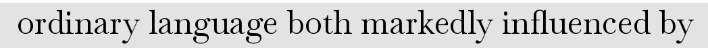
ordinary language both markedly influenced by